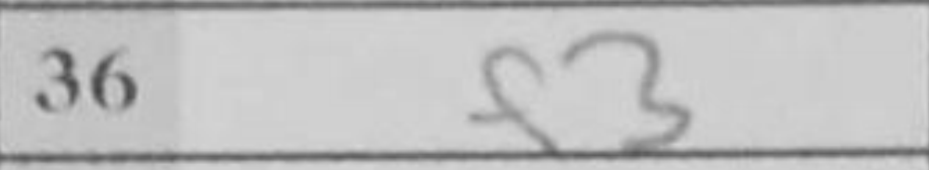
Transcription: f3